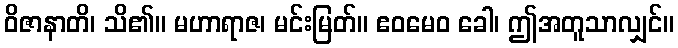
ဝိဇာနာတိ၊ သိ၏။ မဟာရာဇ၊ မင်းမြတ်။ ဧဝမေဝ ခေါ၊ ဤအတူသာလျှင်။